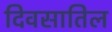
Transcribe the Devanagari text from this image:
दिवसातिल